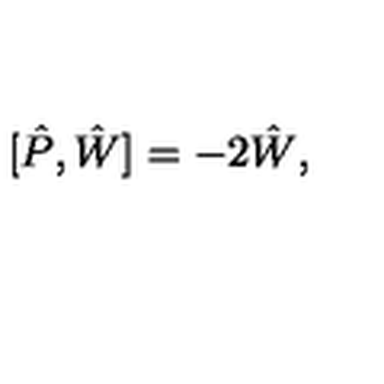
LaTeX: [ \hat { P } , \hat { W } ] = - 2 \hat { W } ,